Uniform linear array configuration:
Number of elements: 24
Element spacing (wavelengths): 0.25
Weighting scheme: hamming
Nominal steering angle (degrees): -30
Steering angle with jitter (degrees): -30.144
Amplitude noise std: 0.05
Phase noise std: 0.05

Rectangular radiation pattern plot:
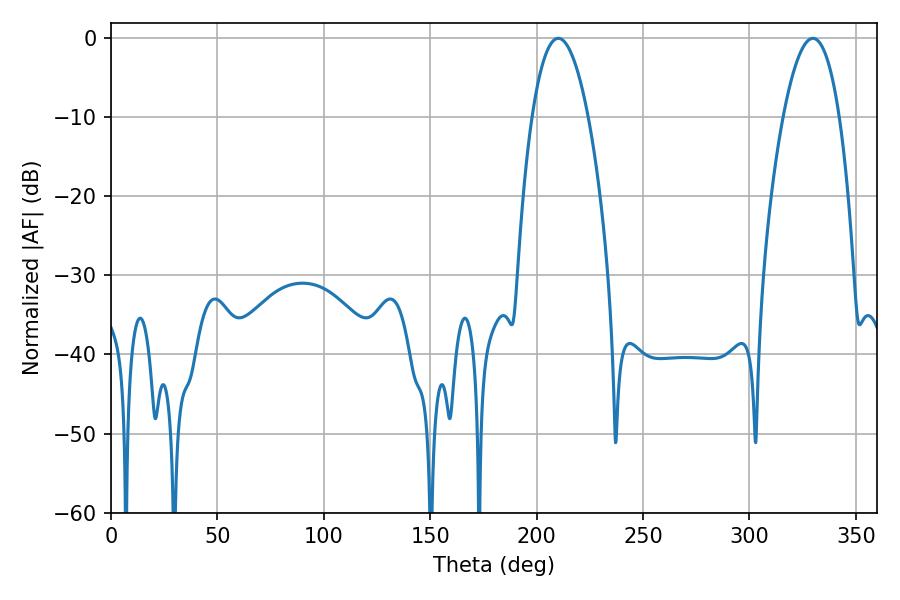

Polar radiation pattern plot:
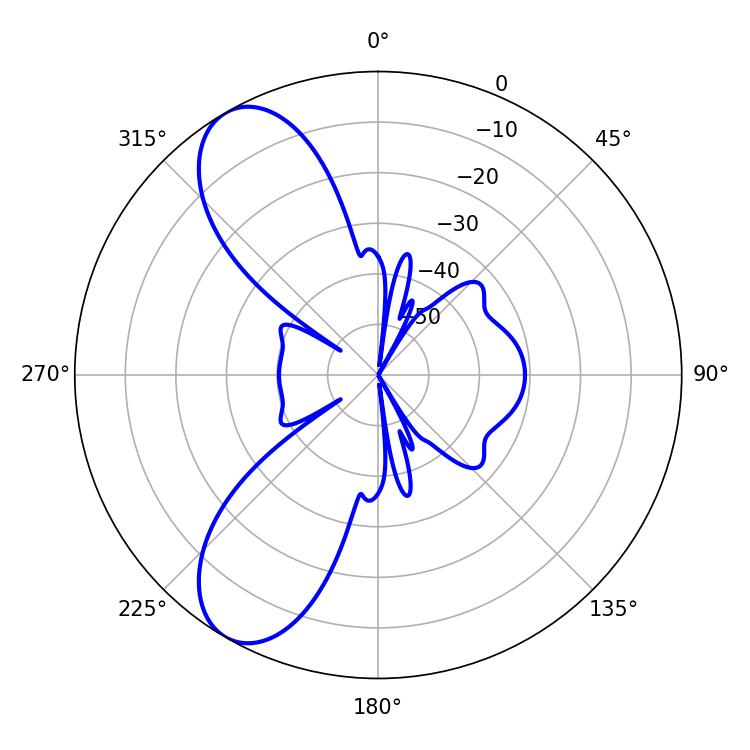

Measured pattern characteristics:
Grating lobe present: FALSE
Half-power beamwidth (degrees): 14.58
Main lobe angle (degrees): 210.24